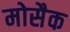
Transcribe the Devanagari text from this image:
मोसैक